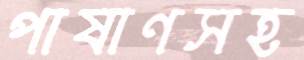
পাষাণসহ